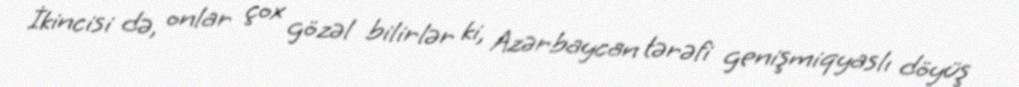
İkincisi də, onlar çox gözəl bilirlər ki, Azərbaycan tərəfi genişmiqyaslı döyüş